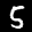
Label: 5